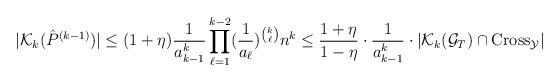
LaTeX: \begin{align*}|\mathcal K_k(\hat P^{(k-1)}) |\le (1+ \eta)\frac{1}{a^k_{k-1}} \prod \limits_{\ell=1}^{k-2} (\frac{1}{a_{\ell}})^{\binom{k}{\ell}} n^k\le \frac{1+ \eta}{1- \eta} \cdot \frac{1}{a^k_{k-1}} \cdot |\mathcal K_k(\mathcal G_T) \cap \mathrm{Cross}_{\mathcal Y}|\end{align*}